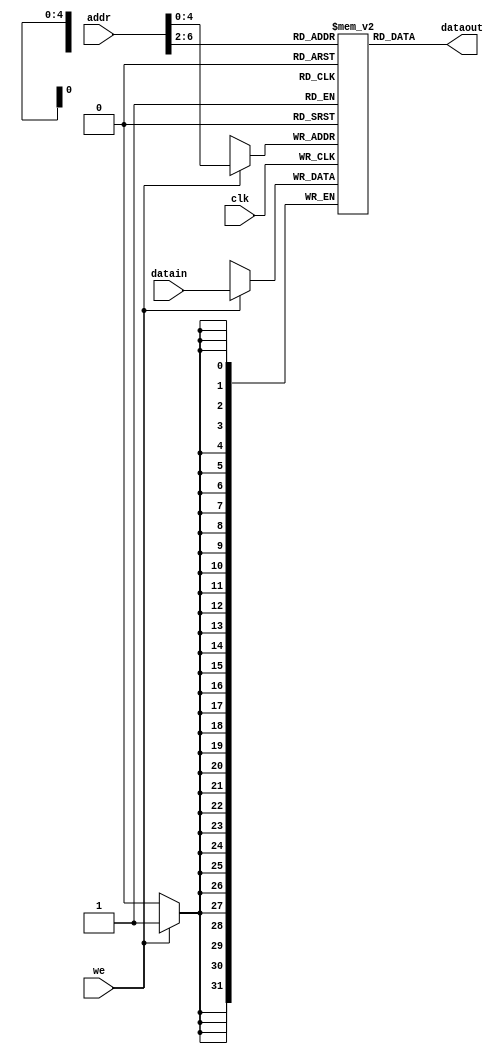
`timescale 1ns / 1ps
//////////////////////////////////////////////////////////////////////////////////
// Company: 
// Engineer: 
// 
// Design Name: 
// Module Name:    IP_RAM 
// Project Name: 
// Target Devices: 
// Tool versions: 
// Description: 
//
// Dependencies: 
//
// Revision: 
// Revision 0.01 - File Created
// Additional Comments: 
//
//////////////////////////////////////////////////////////////////////////////////
module IP_RAM(we,addr,datain,clk,dataout
    );
	 input [31:0] datain;
	 input [31:0] addr;
	 input clk,we;
	 output [31:0] dataout;
	 reg [31:0] ram [0:31];
	 assign dataout=ram[addr[6:2]];
	 always @(posedge clk)begin
	 if(we)ram[addr]=datain;
	 end
	 integer i;
	 initial begin
	 for(i=0;i<32;i=i+1)
	    ram[i]=0;
		 ram[5'h00]=32'hBF800000;
		 ram[5'h14]=32'h000000a3;
		 ram[5'h15]=32'h00000027;
		 ram[5'h16]=32'h00000079;
		 ram[5'h17]=32'h00000115;
		 ram[5'h1D]=32'hFF88FF88;
		 end
endmodule